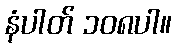
နံပါတ် ၁၀၈ပါ။